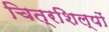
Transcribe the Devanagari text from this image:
चित्रशिल्पों